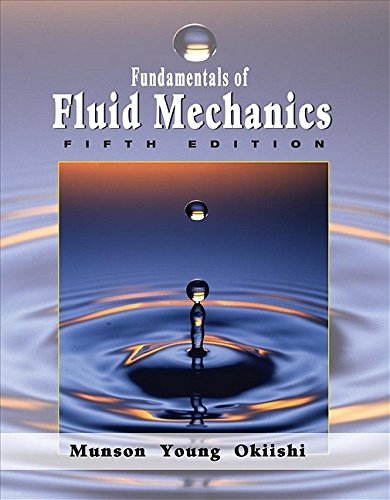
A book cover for Fundamentals of Fluid Mechanics; Bruce R. Munson; Science & Math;